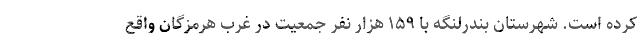
کرده است. شهرستان بندرلنگه با ۱۵۹ هزار نفر جمعیت در غرب هرمزگان واقع